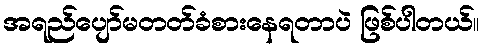
အရည်ပျော်မတတ်ခံစားနေရတာပဲ ဖြစ်ပါတယ်။